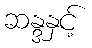
ဆန္ဒနှင့်